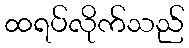
ထရပ်လိုက်သည်